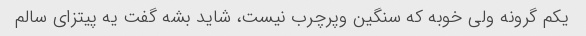
یکم گرونه ولی خوبه که سنگین وپرچرب نیست، شاید بشه گفت یه پیتزای سالم